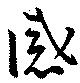
感